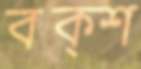
বক্শ